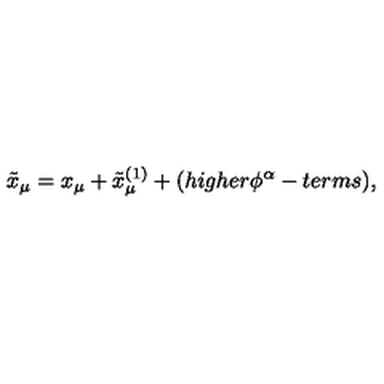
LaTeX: \tilde { x } _ { \mu } = x _ { \mu } + \tilde { x } _ { \mu } ^ { ( 1 ) } + ( h i g h e r \phi ^ { \alpha } - t e r m s ) ,